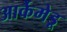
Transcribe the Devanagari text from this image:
आर्केमेडू